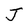
Character: J